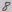
Text: 8